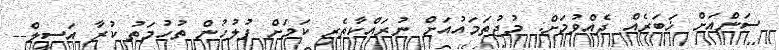
ސަންއަށް ޚަބަރެއް ދެއްވުމަށް: މުޖުތަމައުއަށް ނުރައްކާތެރި ކަމަށް ފުލުހުން ތުހުމަތު ކުރާ އަސީލް--